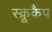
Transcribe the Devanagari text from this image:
स्क्रूकैप